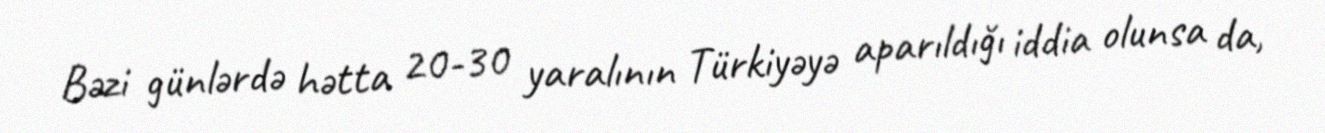
Bəzi günlərdə hətta 20-30 yaralının Türkiyəyə aparıldığı iddia olunsa da,